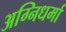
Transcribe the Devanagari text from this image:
अग्निधर्मा